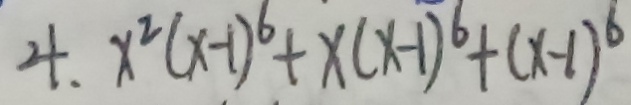
4 . x ^ { 2 } ( x - 1 ) ^ { 6 } + x ( x - 1 ) ^ { 6 } + ( x - 1 ) ^ { 6 }